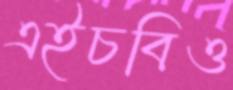
এইচবিও